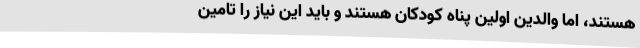
هستند، اما والدین اولین پناه کودکان هستند و باید این نیاز را تامین